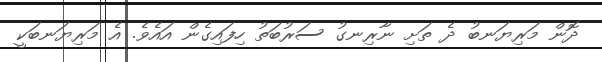
ދޮން މަރިޔަނބު ދެ ތަށި ނާރިނގު ސަރުބަތު ހިފައިގެން އައެވެ. އެ މަރިޔަނބަކީ